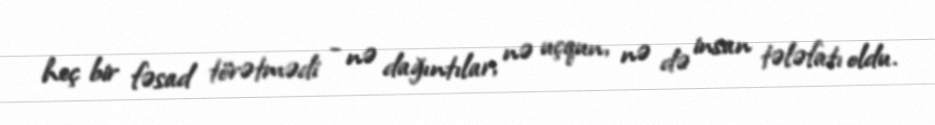
heç bir fəsad törətmədi - nə dağıntılar, nə uçqun, nə də insan tələfatı oldu.